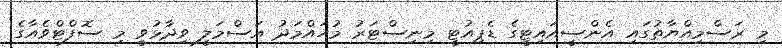
މި ރަސްމިއްޔާތުގައި އެންސީއައިޓީގެ ޑެޕިއުޓީ މިނިސްޓަރު މުހައްމަދު އަސްމަލީ ވިދާޅުވީ މި ސޮފްޓްވެއާގެ